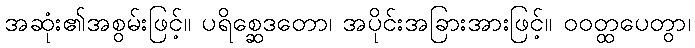
အဆုံး၏အစွမ်းဖြင့်။ ပရိစ္ဆေဒတော၊ အပိုင်းအခြားအားဖြင့်။ ဝဝတ္ထပေတွာ၊